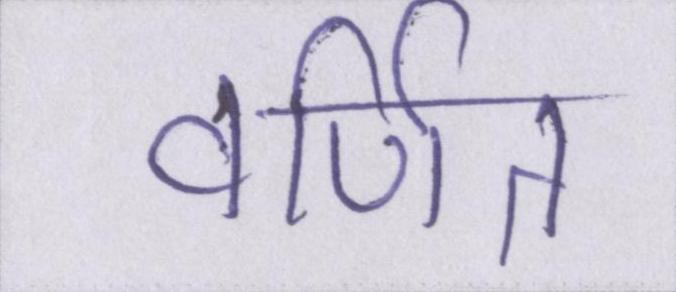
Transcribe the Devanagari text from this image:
वर्णित